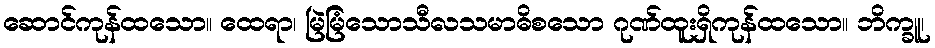
ဆောင်ကုန်ထသော။ ထေရာ၊ မြဲမြံသောသီလသမာဓိစသော ဂုဏ်ထူးရှိကုန်ထသော။ ဘိက္ခူ၊